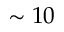
\sim 1 0